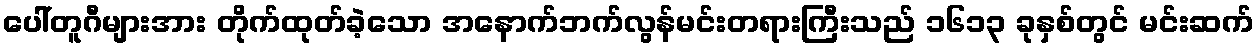
ပေါ်တူဂီများအား တိုက်ထုတ်ခဲ့သော အနောက်ဘက်လွန်မင်းတရားကြီးသည် ၁၆၁၃ ခုနှစ်တွင် မင်းဆက်